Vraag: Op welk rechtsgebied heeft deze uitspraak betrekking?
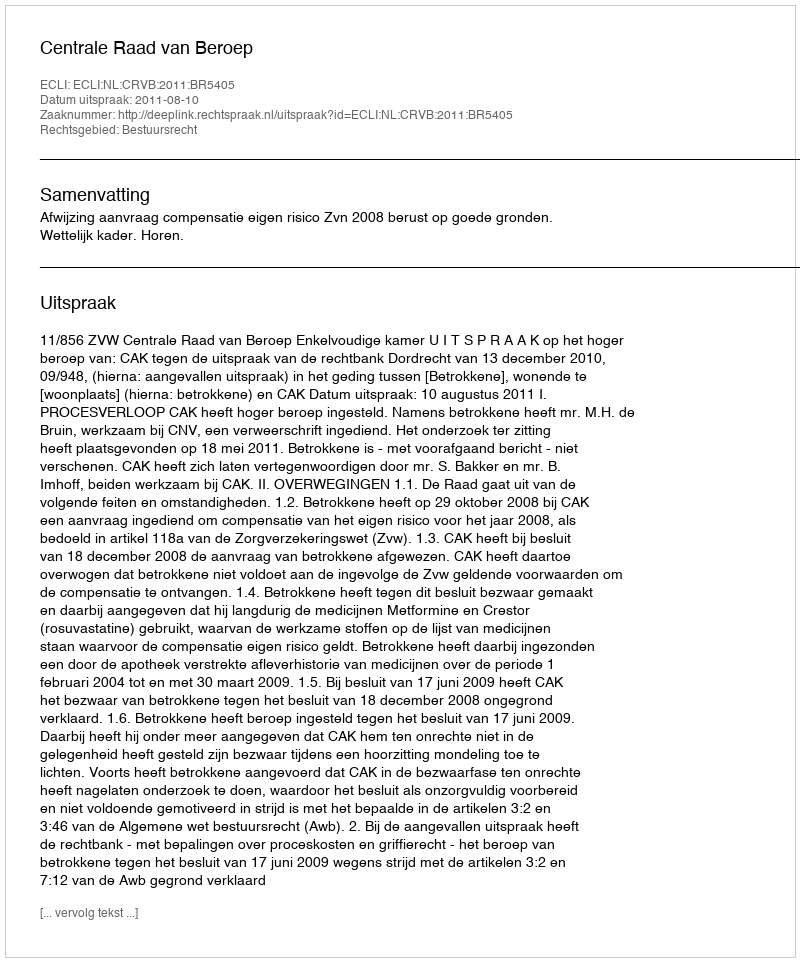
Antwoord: Bestuursrecht